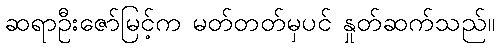
ဆရာဦးဇော်မြင့်က မတ်တတ်မှပင် နှုတ်ဆက်သည်။